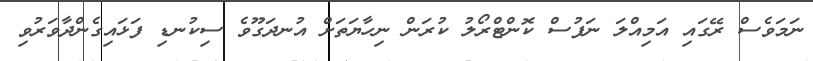
ނަމަވެސް ރޭގައި އަމިއްލަ ނަފުސް ކޮންޓްރޯލު ކުރަން ނިހާޔަތަށް އުނދަގޫވެ ސިކުނޑި ފަޅައިގެންދާވަރުވި